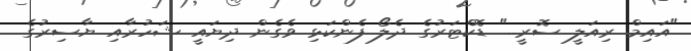
"އައިމް ރިއަލީ ސޮރީ.." ޑޮކްޓަރުގެ ދެލޯ ފެންކަޅި ވެގެން ދިޔައީ ޝަހުރާއި ޔާސިރުގެ